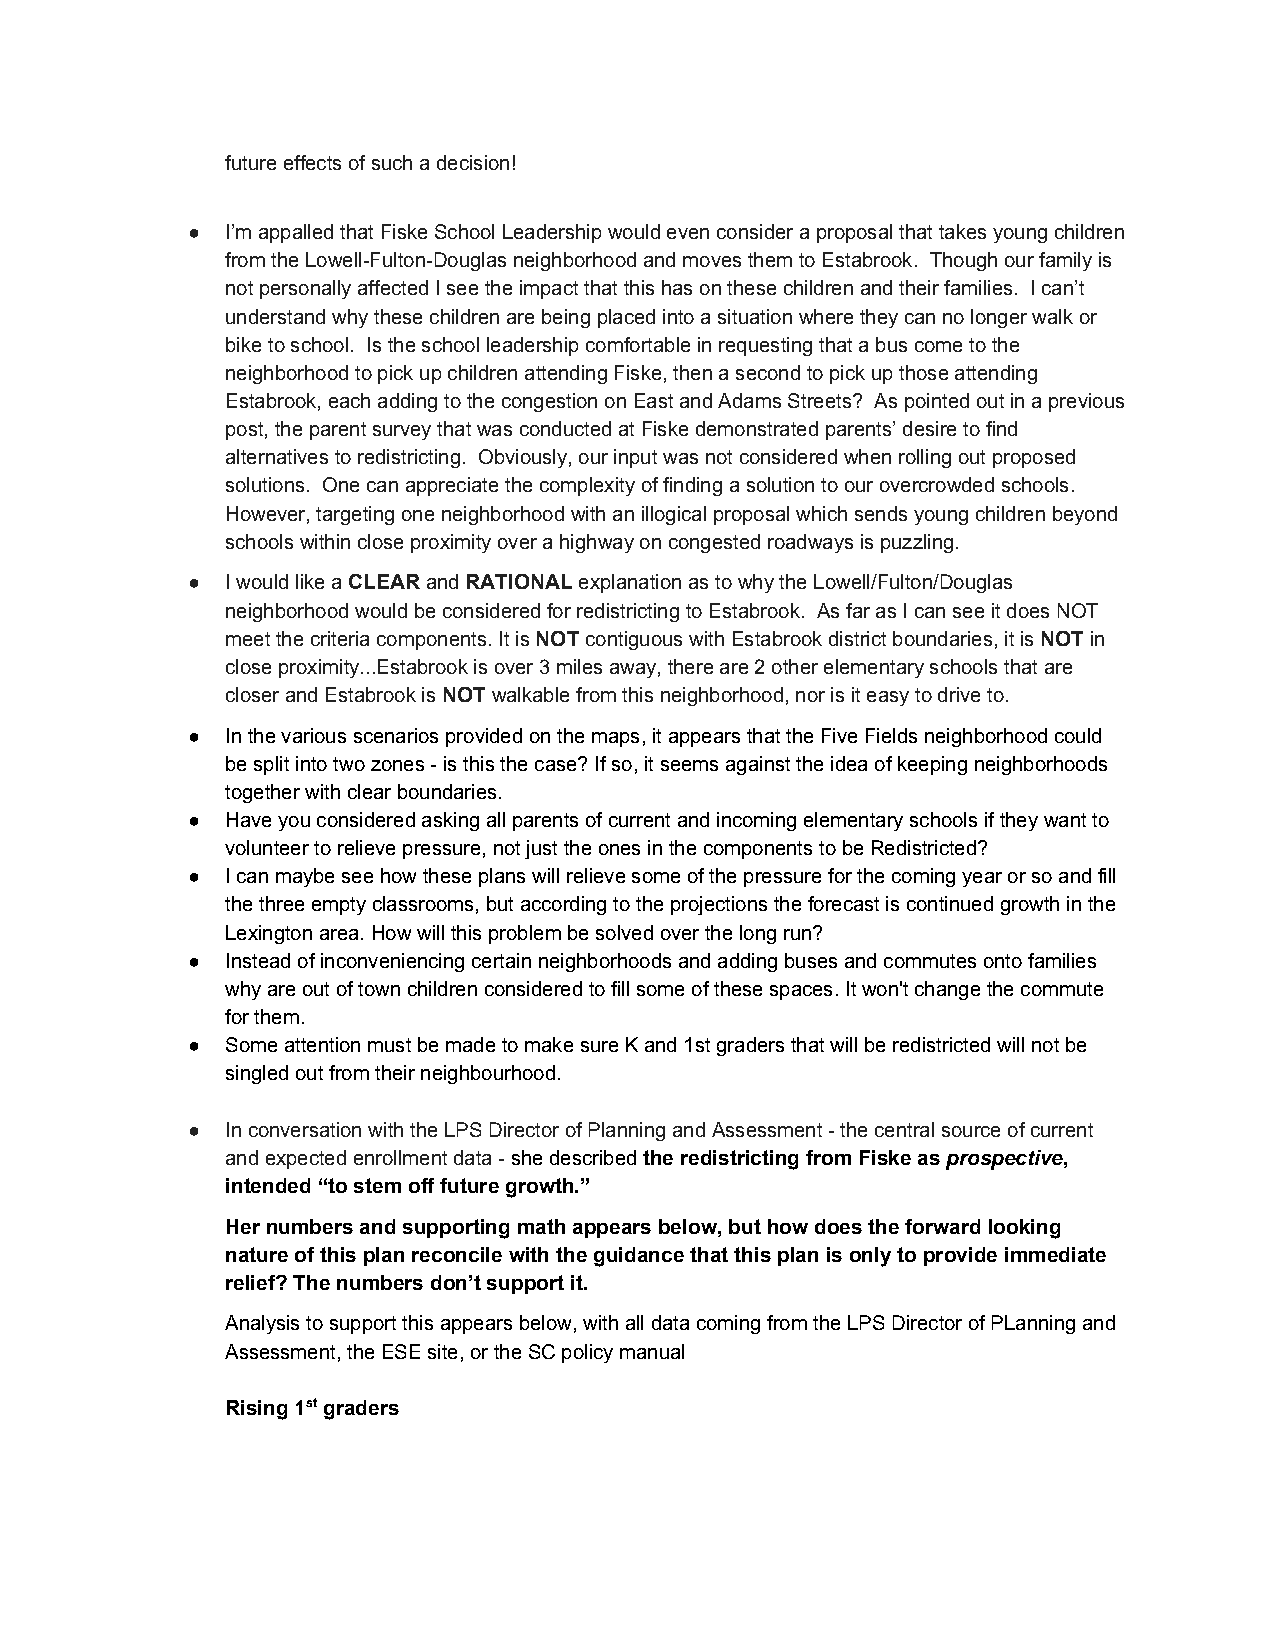
future effects of such a decision!
 ●  I’m appalled that Fiske School Leadership would even consider a proposal that takes young children
 from the Lowell­Fulton­Douglas neighborhood and moves them to Estabrook. Though our family is
 not personally affected I see the impact that this has on these children and their families. I can’t
 understand why these children are being placed into a situation where they can no longer walk or
 bike to school. Is the school leadership comfortable in requesting that a bus come to the
 neighborhood to pick up children attending Fiske, then a second to pick up those attending
 Estabrook, each adding to the congestion on East and Adams Streets? As pointed out in a previous
 post, the parent survey that was conducted at Fiske demonstrated parents’ desire to find
 alternatives to redistricting. Obviously, our input was not considered when rolling out proposed
 solutions. One can appreciate the complexity of finding a solution to our overcrowded schools.
 However, targeting one neighborhood with an illogical proposal which sends young children beyond
 schools within close proximity over a highway on congested roadways is puzzling.
 ●  I would like a CLEAR and RATIONAL explanation as to why the Lowell/Fulton/Douglas
 ​    ​  ​      ​
 neighborhood would be considered for redistricting to Estabrook. As far as I can see it does NOT
 meet the criteria components. It is NOT contiguous with Estabrook district boundaries, it is NOT in
 ​   ​                             ​  ​
 close proximity...Estabrook is over 3 miles away, there are 2 other elementary schools that are
 closer and Estabrook is NOT walkable from this neighborhood, nor is it easy to drive to.
 ​   ​
 ●  In the various scenarios provided on the maps, it appears that the Five Fields neighborhood could
 be split into two zones ­ is this the case? If so, it seems against the idea of keeping neighborhoods
 together with clear boundaries.
 ●  Have you considered asking all parents of current and incoming elementary schools if they want to
 volunteer to relieve pressure, not just the ones in the components to be Redistricted?
 ●  I can maybe see how these plans will relieve some of the pressure for the coming year or so and fill
 the three empty classrooms, but according to the projections the forecast is continued growth in the
 Lexington area. How will this problem be solved over the long run?
 ●  Instead of inconveniencing certain neighborhoods and adding buses and commutes onto families
 why are out of town children considered to fill some of these spaces. It won't change the commute
 for them.
 ●  Some attention must be made to make sure K and 1st graders that will be redistricted will not be
 singled out from their neighbourhood.
 ●  In conversation with the LPS Director of Planning and Assessment ­ the central source of current
 and expected enrollment data ­ she described the redistricting from Fiske as prospective,
 ​        ​                   ​      ​
 intended “to stem off future growth.”
 Her numbers and supporting math appears below, but how does the forward looking
 nature of this plan reconcile with the guidance that this plan is only to provide immediate
 relief? The numbers don’t support it.
 Analysis to support this appears below, with all data coming from the LPS Director of PLanning and
 Assessment, the ESE site, or the SC policy manual
 Rising 1st graders
 ​
 ​